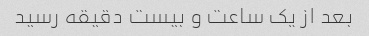
بعد از یک ساعت و بیست دقیقه رسید